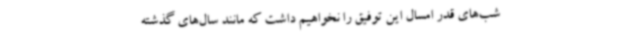
شب‌های قدر امسال این توفیق را نخواهیم داشت که مانند سال‌های گذشته